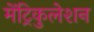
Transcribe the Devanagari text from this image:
मेंट्रिकुलेशन